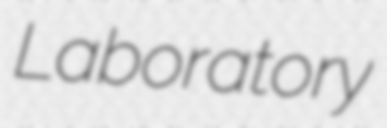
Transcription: Laboratory